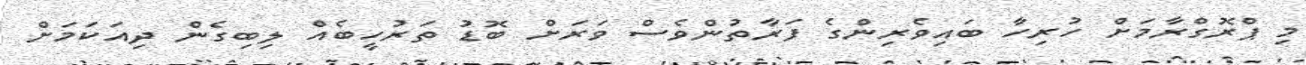
މި ޕްރޮގްރާމަށް ހުރިހާ ބައިވެރިންގެ ފަރާތުންވެސް ވަރަށް ބޮޑު ތަރުހީބެއް ލިބިގެން ދިއަކަމަށް